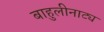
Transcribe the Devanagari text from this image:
बाहुलीनाट्य